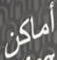
أماكن